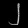
Digit: ၂